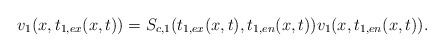
\begin{align*} v_1(x,t_{1,ex}(x,t)) =S_{c,1}(t_{1,ex}(x,t),t_{1,en}(x,t))v_1(x,t_{1,en}(x,t)). \end{align*}